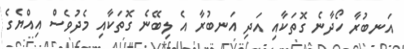
އަނބުރާ ހޯދާނެ ގޮތަކާއި އަދި އަނބުރާ އެ ލިބޭނެ ގޮތަކާއި މެދުވެސް އިއްޔެގެ